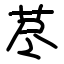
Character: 荩